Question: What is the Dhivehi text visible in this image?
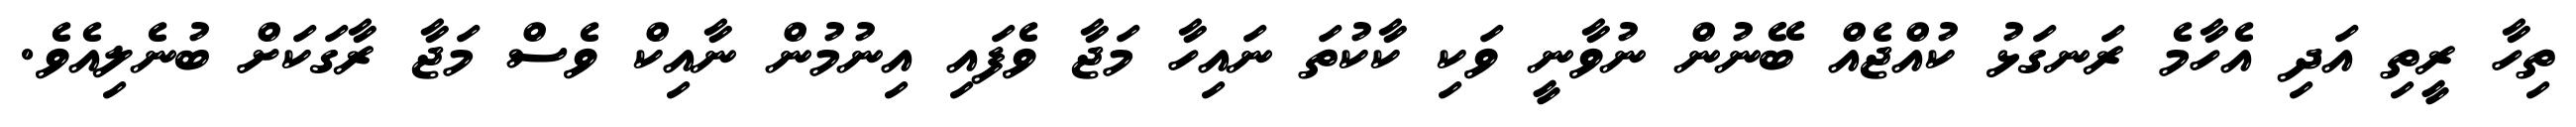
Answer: ތިހާ ރީތި އަދި އެހާމެ ރަނގަޅު ކުއްޖެއް ބޭނުން ނުވާނީ ވަކި ކާކުތަ ނައިހާ މަޖާ ވެފައި އިނުމުން ނާއިކް ވެސް މަޖާ ރާގަކަށް ބުނެލިއެވެ.